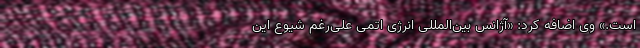
است.» وی اضافه کرد: «آژانس بین‌المللی انرژی اتمی علی‌رغم شیوع این